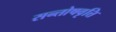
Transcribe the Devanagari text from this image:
सन्तोषवृत्ति